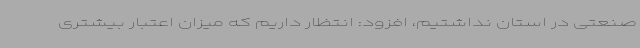
صنعتی در استان نداشتیم، افزود: انتظار داریم که میزان اعتبار بیشتری